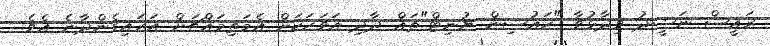
ރައީސް ނަޝީދު ވިދާޅުވާ "ހައުސިން ޔުނިޓް"ތައް ދާދި އަވަހަކަށް އެމަތިމައްޗަށް އަރައިގެންދާނެ އެވެ.